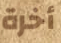
أخرة